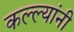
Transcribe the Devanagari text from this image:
कल्ल्यांनी